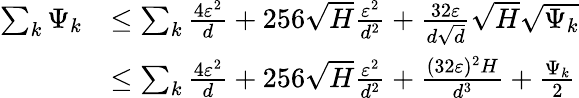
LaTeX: \begin{array}{rl}{\sum_{k}\Psi_{k}}&{\le\sum_{k}\frac{4\varepsilon^{2}}{d}+256\sqrt{H}\frac{\varepsilon^{2}}{d^{2}}+\frac{32\varepsilon}{d\sqrt{d}}\sqrt{H}\sqrt{\Psi_{k}}}\\ &{\le\sum_{k}\frac{4\varepsilon^{2}}{d}+256\sqrt{H}\frac{\varepsilon^{2}}{d^{2}}+\frac{(32\varepsilon)^{2}H}{d^{3}}+\frac{\Psi_{k}}{2}}\end{array}